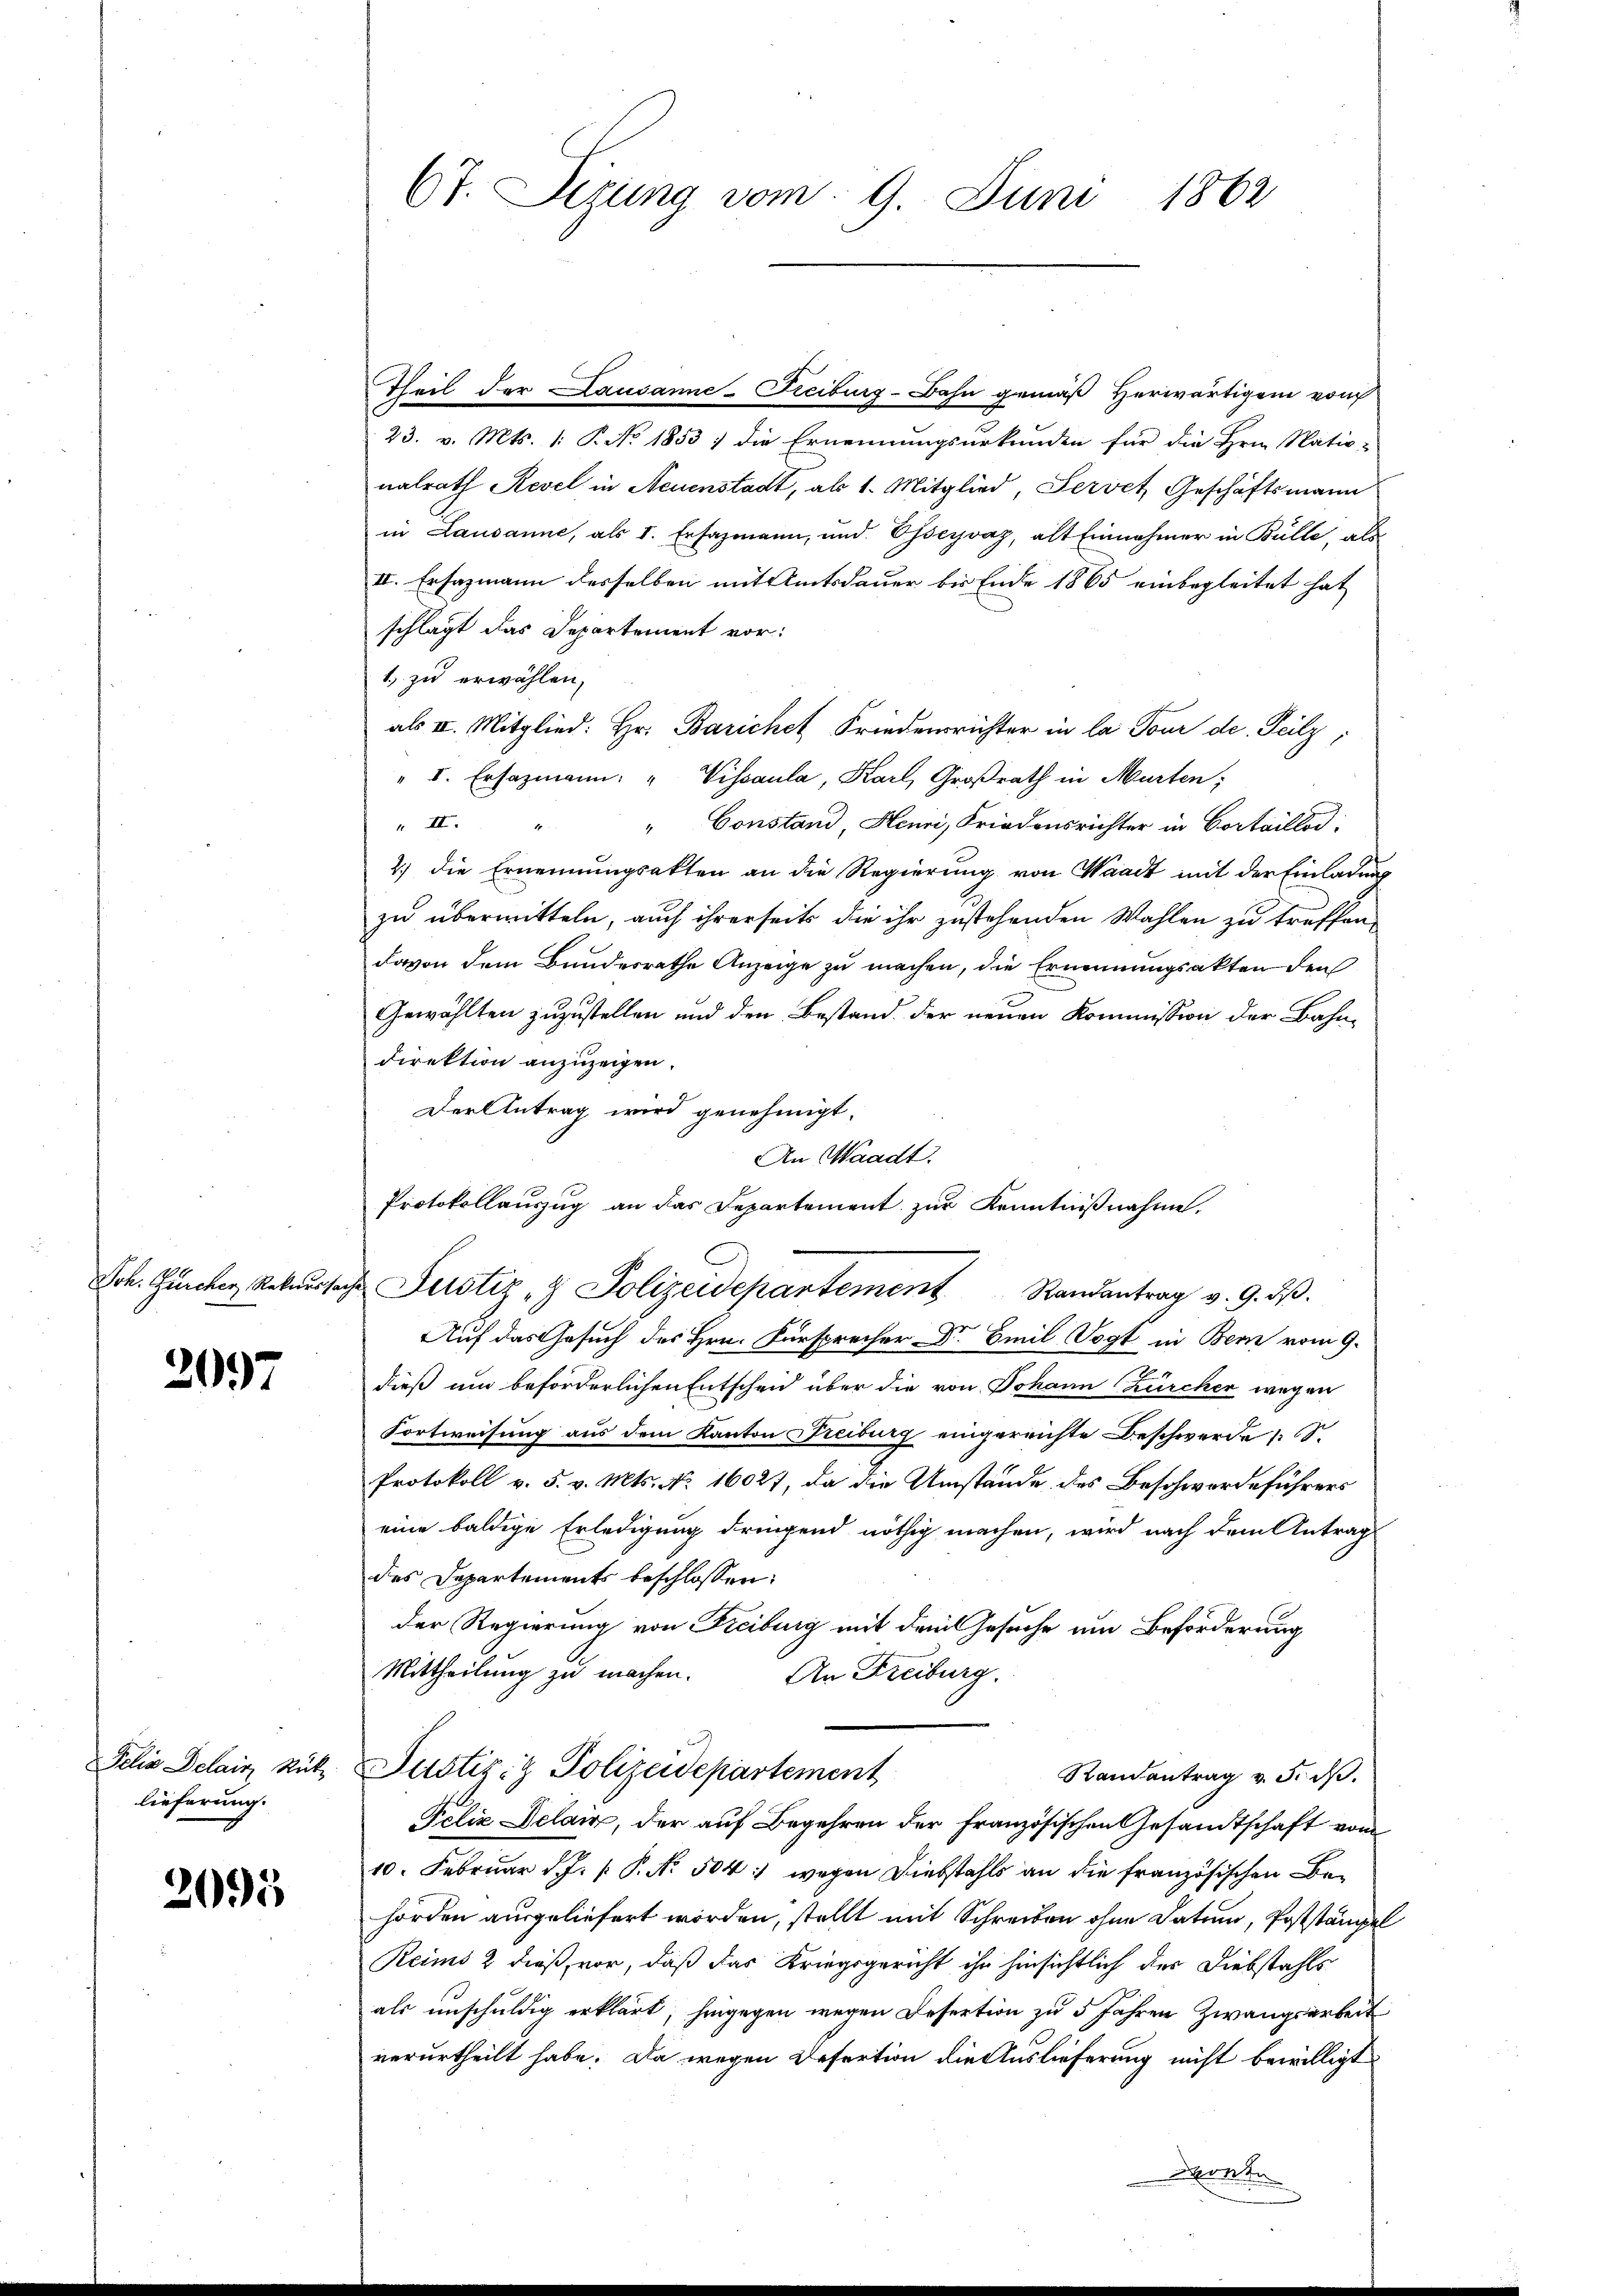
Joh. Zürcher Rekurssa

2097

lieferung.

2095

67. Sizung vom 9. Juni 1862

23. v. Mts. 1: P. No. 1853) die Ernennungsurkunden für die Hrn. Natio-
nalrath Revel in Neuenstadt, als 1. Mitglied, Servet, Geschäftsmann
in Lausanne, als 1. Ersazmann, und Esseyvaz, alt Einnahmer in Bülle, als
II. Ersazmann desselben mit Amtsdauer bis Ende 1865 einbegleitet hat
schlägt das Departement vor:
1.) zu erwählen,
als II. Mitglied: Hr. Barichet Friedensrichter in la Tour de Teilz
" I. Ersazmann: " Vissaula, Karl, Großrath in Murten;
" Constand Heuri, Friedensrichter in Cortaillod
 II. 4
2.) die Ernennungsakten an die Regierung von Waadt mit der Einladung
zu übermitteln, auch ihrerseits die ihr zustehenden Wahlen zu treffen,
davon dem Bundesrathe Anzeige zu machen, die Ernennungsakten den
Gewählten zuzustellen und den Bestand der neuen Kommission der Bahn-
direktion anzuzeigen.
Der Antrag wird genehmigt.
An Waadt.
Protokollauszug an das Departement zur Kenntnißnahme,
 Justiz- & Polizeidepartement Randantrag v. 9. dβ.
Auf das Gesuch des Hrn. Fürsprecher Dr. Emil Vogt in Bern vom 9.
dieß um beförderlichen Entscheid über die von Johann Zürcher wegen
Fortweisung aus dem Kanton Freiburg eingereichte Beschwerde (S.
Protokoll v. 5. v. Mts. No. 16027, da die Umstände des Beschwerdeführers
eine baldige Erledigung dringend nöthig machen, wird nach dem Antrag
des Departements beschlossen:
der Regierung von Freiburg mit dem Gesuche um Beförderung
Mittheilung zu machen.
An Freiburg.
Felix Delaig Rük, Justiz & Polizeidepartement
Randantrag v. 5. dβ.
Felix Delais, der auf Begehren der Französischen Gesandtschaft vom
10. Februar d. J. P. No. 504. wegen Diebstahls an die französischen Behörden ausgeliefert worden, stellt mit Schreiben ohne Datum, Poststämpel
Reims 2 dieß, vor, daß das Kriegsgericht ihr hinsichtlich der Diebstahls
als unschuldig erklärt, hingegen wegen Desertion zu 5 Jahren Zwangsarbeit
verurtheilt habe. Da wegen Refertion die Auslieferung nicht bewilligt

Theil der Lausanne-Freiburg-Bahn gemäß Herwärtigem vom